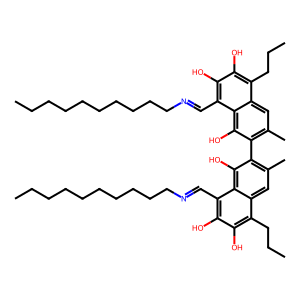
SMILES: CCCCCCCCCCN=Cc1c(O)c(O)c(CCC)c2cc(C)c(-c3c(C)cc4c(CCC)c(O)c(O)c(C=NCCCCCCCCCC)c4c3O)c(O)c12
Inhibits HIV replication: No